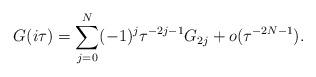
LaTeX: \begin{align*} G(i \tau) = \sum_{j=0}^N (-1)^j \tau^{-2j-1} G_{2j} + o(\tau^{-2N-1}). \end{align*}